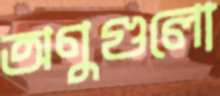
অণুগুলো